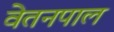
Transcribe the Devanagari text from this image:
वेतनपाल